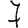
Digit: 7